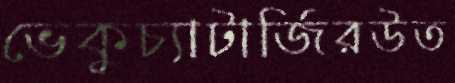
ভেকুচ্যাটার্জিরউত